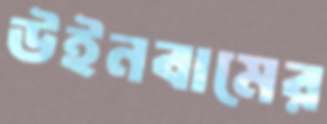
উইনবামের